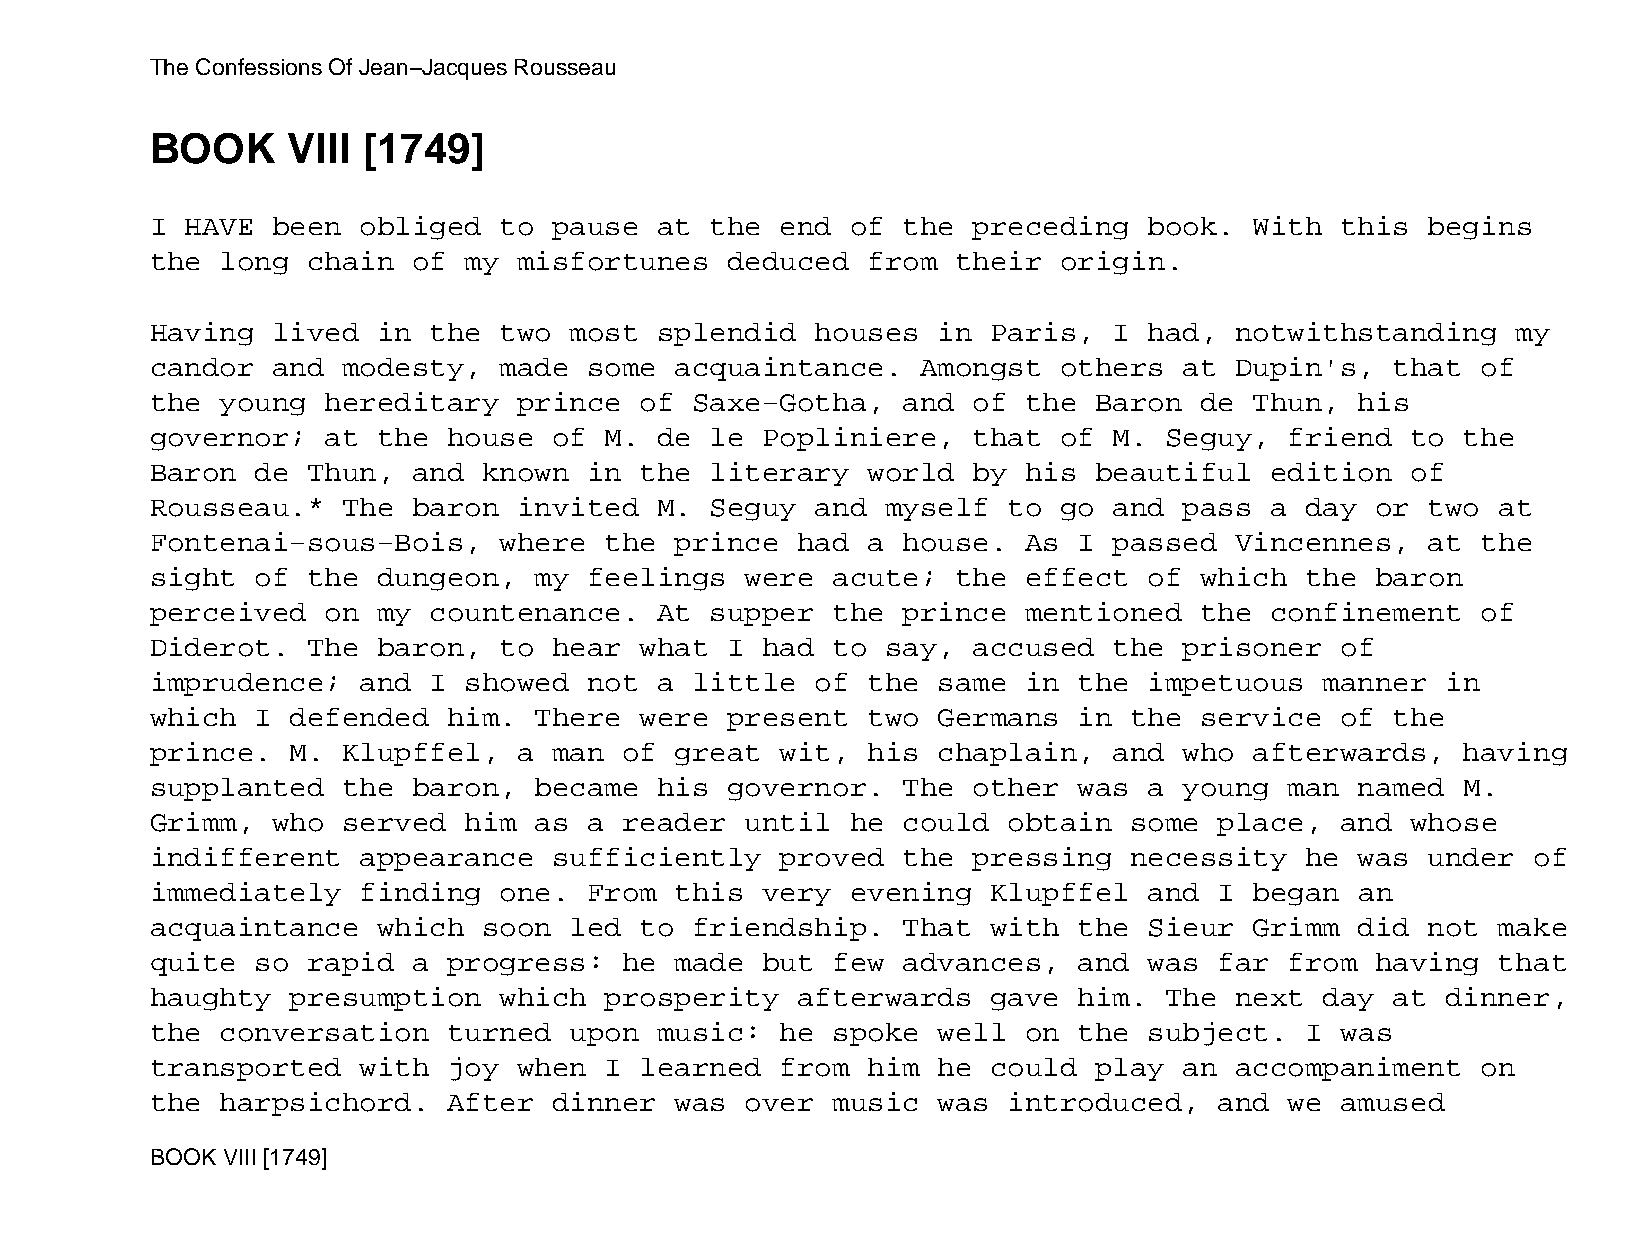
The Confessions Of Jean−Jacques Rousseau
 BOOK     VIII [1749]
 I HAVE  been  obliged  to  pause  at the  end of  the preceding   book.  With  this  begins
 the  long chain  of  my misfortunes   deduced  from  their  origin.
 Having  lived  in the  two  most  splendid  houses  in  Paris,  I had,  notwithstanding   my
 candor  and  modesty,  made  some  acquaintance.   Amongst  others  at  Dupin's,  that  of
 the  young  hereditary  prince  of  Saxe−Gotha,   and of  the Baron  de  Thun,  his
 governor;   at the  house  of M.  de le Popliniere,   that  of  M. Seguy,  friend  to  the
 Baron  de Thun,  and  known  in the  literary  world  by  his beautiful   edition  of
 Rousseau.*   The baron  invited   M. Seguy  and  myself  to go  and pass  a day  or  two at
 Fontenai−sous−Bois,    where  the  prince  had a  house.  As I  passed  Vincennes,   at the
 sight  of the  dungeon,  my  feelings  were  acute;  the  effect  of which  the  baron
 perceived   on my countenance.    At supper  the  prince  mentioned  the  confinement   of
 Diderot.  The  baron,  to  hear what  I had  to  say, accused   the prisoner   of
 imprudence;   and I  showed  not  a little  of the  same  in the  impetuous   manner  in
 which  I defended   him. There  were  present  two  Germans  in  the service   of the
 prince.  M.  Klupffel,  a  man of  great  wit, his  chaplain,   and who  afterwards,   having
 supplanted   the baron,  became   his governor.   The other  was  a young  man  named  M.
 Grimm,  who  served  him as  a reader  until  he  could  obtain  some  place,  and whose
 indifferent   appearance   sufficiently   proved  the pressing   necessity  he  was  under of
 immediately   finding  one.  From  this very  evening   Klupffel  and  I began  an
 acquaintance   which  soon  led to  friendship.   That  with the  Sieur  Grimm  did  not make
 quite  so rapid  a  progress:  he  made but  few  advances,  and  was  far from  having  that
 haughty  presumption   which  prosperity   afterwards   gave him.  The  next  day at  dinner,
 the  conversation   turned  upon  music:  he spoke  well  on the  subject.  I  was
 transported   with  joy when  I learned   from him  he  could play  an  accompaniment   on
 the  harpsichord.   After  dinner  was over  music  was  introduced,   and we  amused
 BOOK VIII [1749]